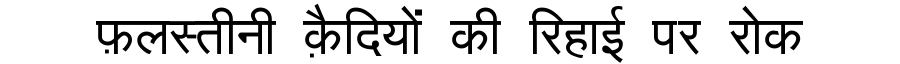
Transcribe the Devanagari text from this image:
फ़लस्तीनी क़ैदियों की रिहाई पर रोक